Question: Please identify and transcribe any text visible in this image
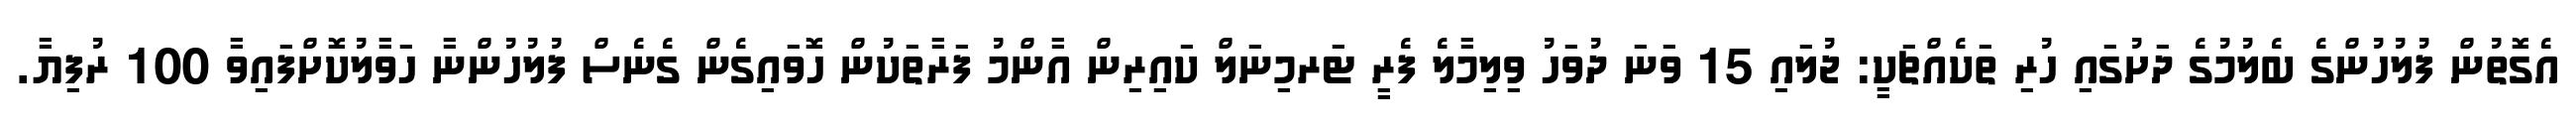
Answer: އެގޮތުން ފުލުހުންގެ ބެލުމުގެ ދަށުގައި ހުރި ތަކެއްޗަކީ: ޖުލައި 15 ވަނަ ދުވަހު ވިލިމާލެ ފެރީ ޓަރމިނަލް ކައިރިން އާންމު ފަރާތަކުން ހޮވައިގެން ގެނެސް ފުލުހުންނާ ހަވާލުކޮށްފައިވާ 100 ރުފިޔާ.